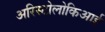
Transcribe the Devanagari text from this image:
अरिस्टोलोकिआई